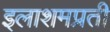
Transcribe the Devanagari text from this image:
इलाशमप्रती